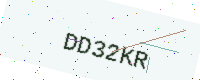
Text: DD32KR